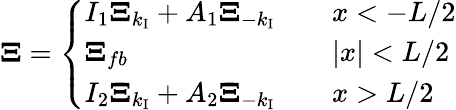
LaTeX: \boldsymbol{\Xi}=\left\{ \begin{array}{ll}{I_{1}\boldsymbol{\Xi}_{k_{\operatorname{I}}}+A_{1}\boldsymbol{\Xi}_{-k_{\operatorname{I}}}\quad}&{x<-L/2}\\ {\boldsymbol{\Xi}_{fb}\quad}&{\vert x\vert<L/2}\\ {I_{2}\boldsymbol{\Xi}_{k_{\operatorname{I}}}+A_{2}\boldsymbol{\Xi}_{-k_{\operatorname{I}}}\quad}&{x>L/2}\end{array}\right.